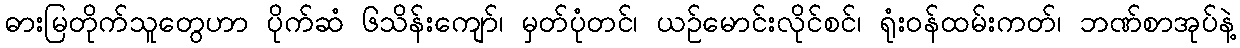
ဓားမြတိုက်သူတွေဟာ ပိုက်ဆံ ၆သိန်းကျော်၊ မှတ်ပုံတင်၊ ယဉ်မောင်းလိုင်စင်၊ ရုံးဝန်ထမ်းကတ်၊ ဘဏ်စာအုပ်နဲ့